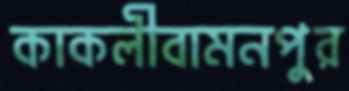
কাকলীবামনপুর